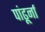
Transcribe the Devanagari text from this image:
पांढूर्ना